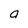
Character: a